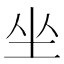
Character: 坐